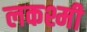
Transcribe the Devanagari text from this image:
लकश्मी